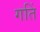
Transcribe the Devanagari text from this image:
गतिं